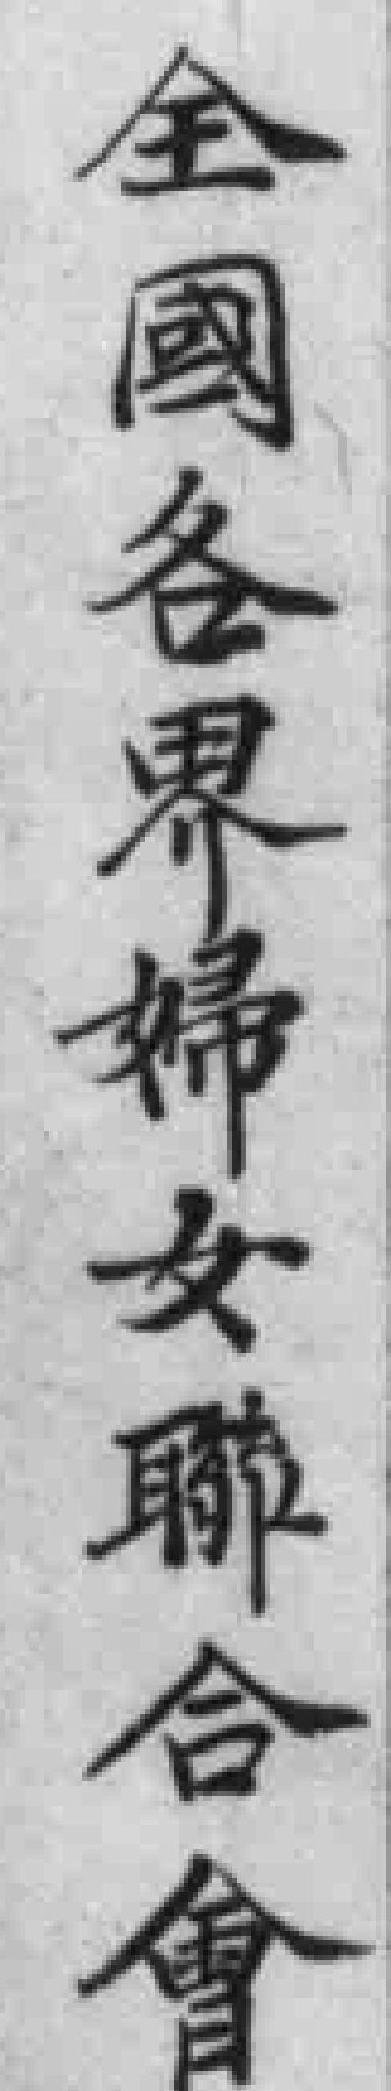
全國各界婦女聯合會